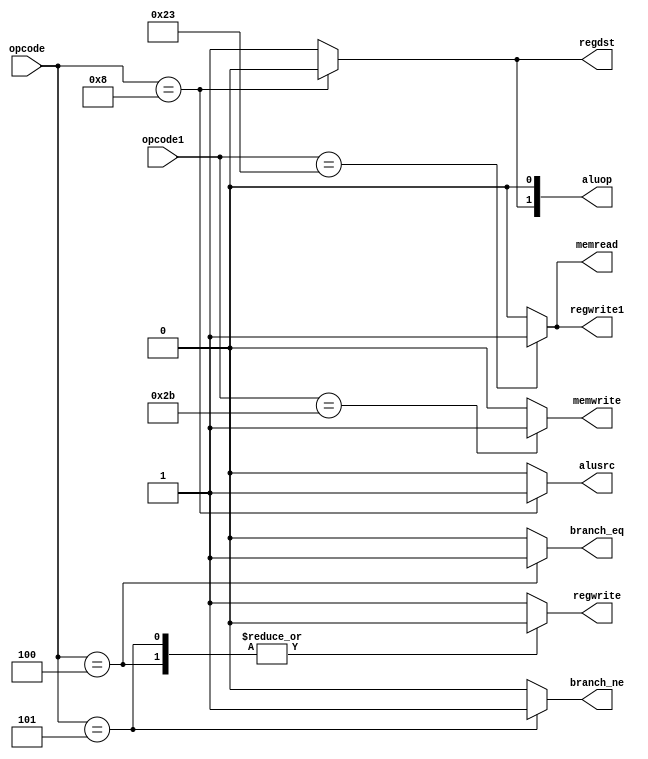
`ifndef _control
`define _control

module control(
		input  wire	[5:0]	opcode,opcode1,
		output reg			branch_eq, branch_ne,
		output reg [1:0]	aluop,
		output reg			memread, memwrite,
		output reg	regdst, regwrite, regwrite1, alusrc);

	always @(*) begin
		/* defaults */
		aluop[1:0]	<= 2'b10;
		alusrc		<= 1'b0;
		branch_eq	<= 1'b0;
		branch_ne	<= 1'b0;
		memread		<= 1'b0;
		memwrite	<= 1'b0;
		regdst		<= 1'b1;
		regwrite	<= 1'b1;
		regwrite1	<= 1'b0;

		case (opcode1)
			6'b100011: begin	/* lw */
				memread  <= 1'b1;
				regwrite1 <= 1'b1;
			end
			6'b101011: begin	/* sw */
				memwrite <= 1'b1;
			end
		endcase
		case (opcode)
			6'b001000: begin	/* addi */
				regdst   <= 1'b0;
				aluop[1] <= 1'b0;
				alusrc   <= 1'b1;
			end
			6'b000100: begin	/* beq */
				branch_eq <= 1'b1;
				regwrite  <= 1'b0;
			end
			6'b000101: begin	/* bne */
				branch_ne <= 1'b1;
				regwrite  <= 1'b0;
			end
			6'b000000: begin	/* add */
			end
		endcase
	end
endmodule

`endif